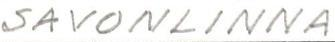
SAVONLINNA